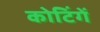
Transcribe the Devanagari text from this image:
कोटिंगें